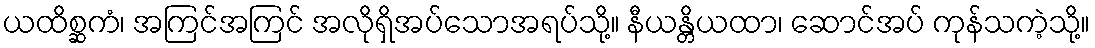
ယထိစ္ဆကံ၊ အကြင်အကြင် အလိုရှိအပ်သောအရပ်သို့။ နီယန္တိယထာ၊ ဆောင်အပ် ကုန်သကဲ့သို့။